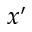
x ^ { \prime }